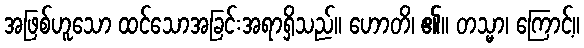
အဖြစ်ဟူသော ထင်သောအခြင်းအရာရှိသည်။ ဟောတိ၊ ၏။ တသ္မာ၊ ကြောင့်။